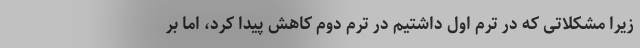
زیرا مشکلاتی که در ترم اول داشتیم در ترم دوم کاهش پیدا کرد، اما بر